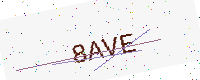
Text: 8AVE